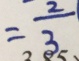
= \frac { 2 } { 3 }